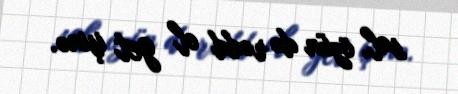
sal, özün də rədd ol get işinə.